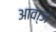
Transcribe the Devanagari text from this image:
आवा्ज